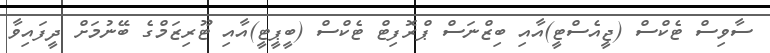
ސާވިސް ޓެކްސް (ޖީއެސްޓީ)އާއި ބިޒްނަސް ޕްރޮފިޓް ޓެކްސް (ބީޕީޓީ)އާއި ޓޫރިޒަމްގެ ބޭނުމަށް ދީފައިވާ